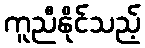
ကူညီနိုင်သည့်